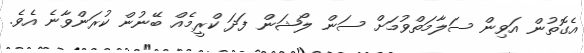
އެގޮތުން އަވިން ސަލާމަތްވުމަށް ސަން ލޯޝަން ފަދަ ކްރީމެއް ބޭނުން ކުރަންވާނެ އެވެ.